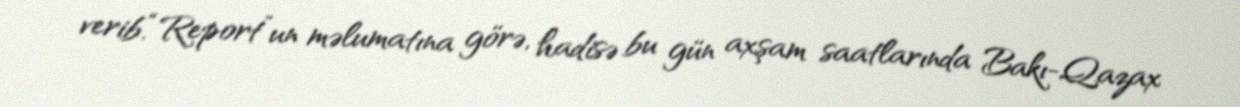
verib.“Report”un məlumatına görə, hadisə bu gün axşam saatlarında Bakı-Qazax